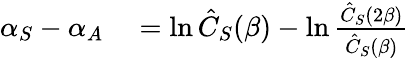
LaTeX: \begin{array}{rl}{\alpha_{S}-\alpha_{A}}&{{}=\ln\hat{C}_{S}(\beta)-\ln\frac{\hat{C}_{S}(2\beta)}{\hat{C}_{S}(\beta)}}\end{array}